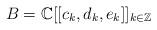
LaTeX: \begin{gather*}B=\mathbb{C}[[c_{k},d_{k},e_{k}]]_{k\in\mathbb{Z}}\end{gather*}